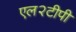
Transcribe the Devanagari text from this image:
एल२टीपी